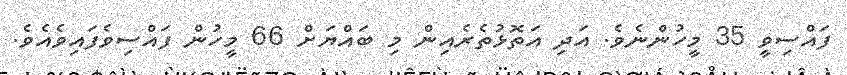
ފައްސިވީ 35 މީހުންނެވެ. އަދި އަތޮޅުތެރެއިން މި ބައްޔަށް 66 މީހުން ފައްސިވެފައިވެއެވެ.